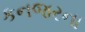
કનજરના